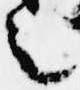
言